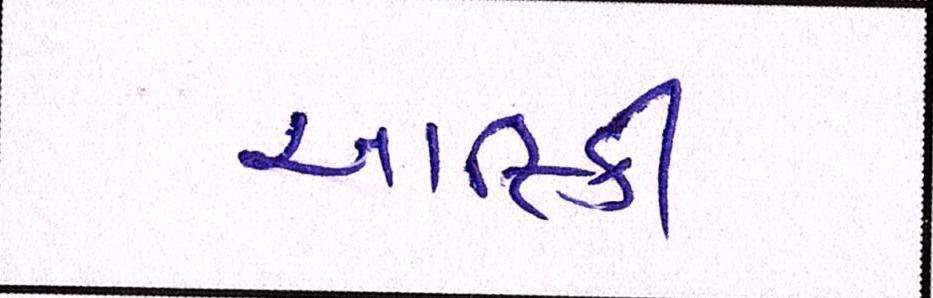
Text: આફ્રિકી